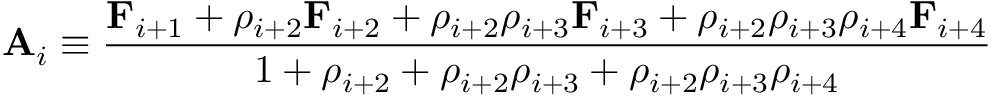
\mathbf { A } _ { i } \equiv \frac { \mathbf { F } _ { i + 1 } + \rho _ { i + 2 } \mathbf { F } _ { i + 2 } + \rho _ { i + 2 } \rho _ { i + 3 } \mathbf { F } _ { i + 3 } + \rho _ { i + 2 } \rho _ { i + 3 } \rho _ { i + 4 } \mathbf { F } _ { i + 4 } } { 1 + \rho _ { i + 2 } + \rho _ { i + 2 } \rho _ { i + 3 } + \rho _ { i + 2 } \rho _ { i + 3 } \rho _ { i + 4 } }